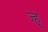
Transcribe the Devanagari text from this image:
ज्हू